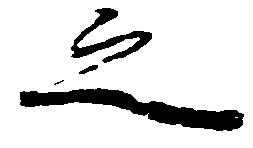
之